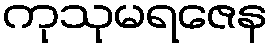
ကုသုမရဇေန